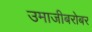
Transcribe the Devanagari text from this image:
उमाजीबरोबर